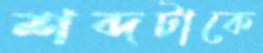
শব্দটাকে